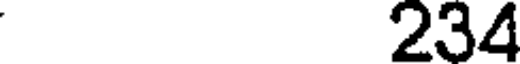
234